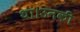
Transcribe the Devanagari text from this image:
था।उनकी